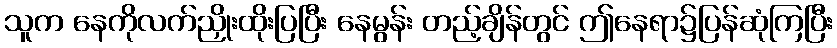
သူက နေကိုလက်ညှိုးထိုးပြပြီး နေမွန်း တည့်ချိန်တွင် ဤနေရာ၌ပြန်ဆုံကြပြီး